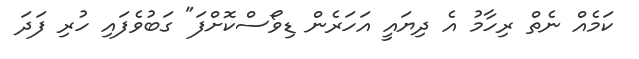
ކަމެއް ނެތް ރިހާމު އެ ދިޔައީ އަހަރެން ޑިވޯސްކޮށްފަ" ގަބުވެފައި ހުރި ފަދަ